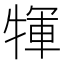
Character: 㹆